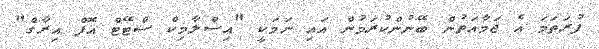
ފުރަތަމަ އެ ޖަމާއަތުން ބޭނުންކުރަމުން އައި ނަމަކީ "އިސްލާމިކް ސްޓޭޓް އޮފް އިރާގް"